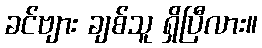
ခင်ဗျား ချစ်သူ ရှိပြီလား။